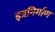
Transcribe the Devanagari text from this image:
इत्रनिर्माण